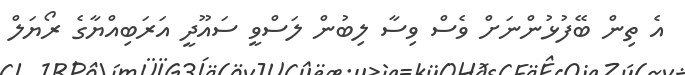
އެ ތިން ބޭފުޅުންނަށް ވެސް ވިސާ ލިބުން ލަސްވީ ސައޫދީ އަރަބިއްޔާގެ ރޯޔަލް